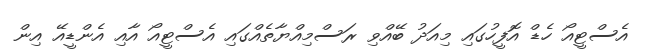
އެސްޓީއޯ ހެޑް އޮފީހުގައި މިއަދު ބޭއްވި ރަސްމިއްޔާތެއްގައި އެސްޓީއޯ އާއި އެންޑީއޭ އިން